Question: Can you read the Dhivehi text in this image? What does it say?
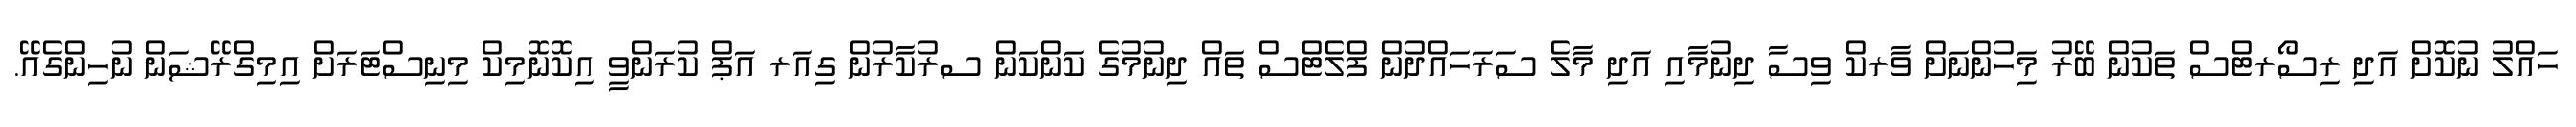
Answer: ހައްލު ނުކޮށް އަދި ރިސޯރޓްސް ތަކުން ބޭރު މަިހުންނަށް ވާރކް ވިސާ ދިނުމާއި އަދި މާލެ ސަރަހައްދުން ފްލެޓްސް ތައް ދިނުމުގެ ކަންކަން ސރުކާރުން ގިއަރ އަޕް ކުރަންވީ އިކޮނޮމިކް މިނިސްޓަރަށް އިމިގްރޭޝަން ނުހިންގެއޭ.